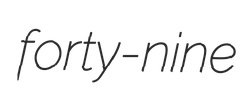
forty-nine